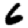
Digit: 6